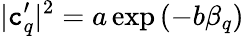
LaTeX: |\mathtt{c}_{q}^{\prime}|^{2}=a\exp{(-b\beta_{q})}